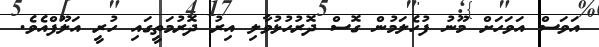
އަވަސް އަވަހަށް މޫނު ފުހެލަމުން ގޮސް ދޮރުހުޅުވާލި އިރު ދޮރުމަތީގައި ހުރީ އަލޫފްއެވެ.